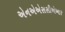
એનએએસસીએઆર